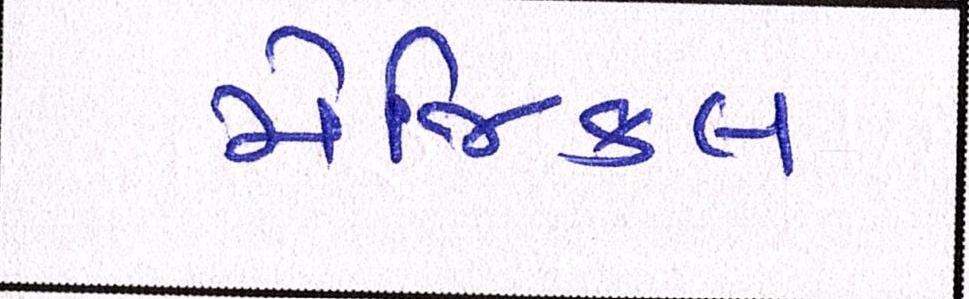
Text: મેજિકલ